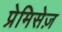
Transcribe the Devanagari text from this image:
प्रेमिसेज़